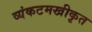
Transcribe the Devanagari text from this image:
व्यंकटमखीकृत